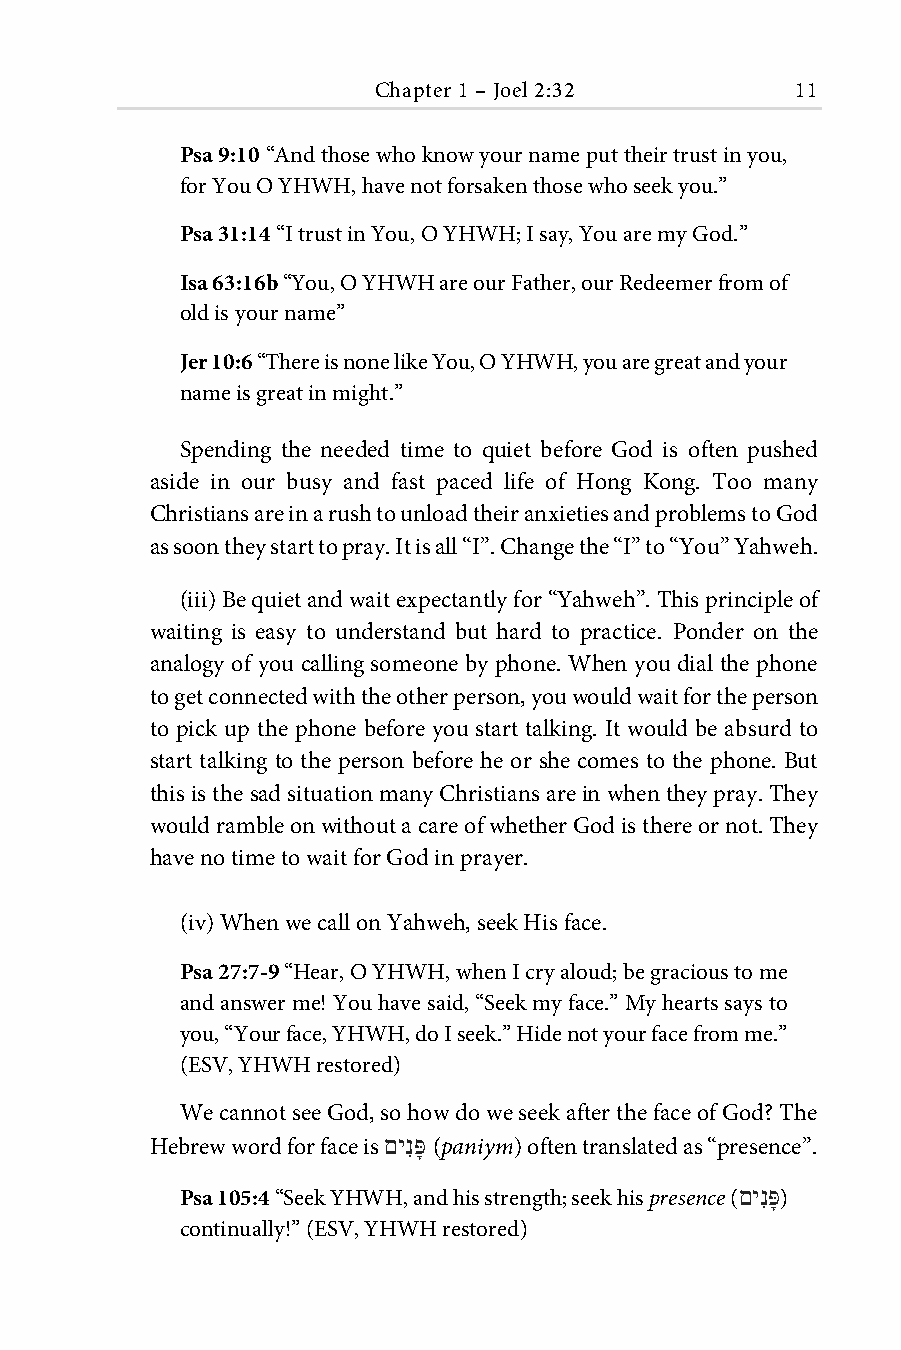
Chapter 1 – Joel 2:32       11
 Psa 9:10 “And those who know your name put their trust in you,
 for You O YHWH, have not forsaken those who seek you.”
 Psa 31:14 “I trust in You, O YHWH; I say, You are my God.”
 Isa 63:16b “You, O YHWH are our Father, our Redeemer from of
 old is your name”
 Jer 10:6 “There is none like You, O YHWH, you are great and your
 name is great in might.”
 Spending the needed time to quiet before God is often pushed
 aside in our busy and fast paced life of Hong Kong. Too many
 Christians are in a rush to unload their anxieties and problems to God
 as soon they start to pray. It is all “I”. Change the “I” to “You” Yahweh.
 (iii) Be quiet and wait expectantly for “Yahweh”. This principle of
 waiting is easy to understand but hard to practice. Ponder on the
 analogy of you calling someone by phone. When you dial the phone
 to get connected with the other person, you would wait for the person
 to pick up the phone before you start talking. It would be absurd to
 start talking to the person before he or she comes to the phone. But
 this is the sad situation many Christians are in when they pray. They
 would ramble on without a care of whether God is there or not. They
 have no time to wait for God in prayer.
 (iv) When we call on Yahweh, seek His face.
 Psa 27:7-9 “Hear, O YHWH, when I cry aloud; be gracious to me
 and answer me! You have said, “Seek my face.” My hearts says to
 you, “Your face, YHWH, do I seek.” Hide not your face from me.”
 (ESV, YHWH restored)
 We cannot see God, so how do we seek after the face of God? The
 Hebrew word for face is םינִפָּ (paniym) often translated as “presence”.
 Psa 105:4 “Seek YHWH, and his strength; seek his presence (םינִפָּ )
 continually!” (ESV, YHWH restored)